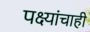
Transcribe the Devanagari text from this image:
पक्ष्यांचाही